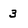
Character: 3